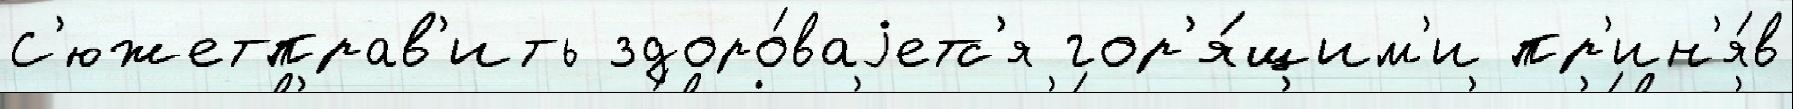
С'южетправ'ить здоро́ваjетс'я гор'я́щим'и пр'ин'я́в